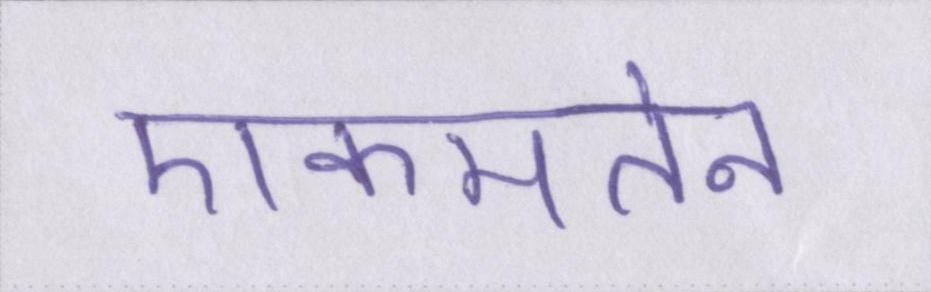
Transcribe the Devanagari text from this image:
एकमतेन